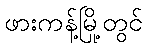
ဖားကန့်မြို့တွင်